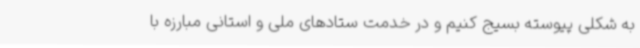
به شکلی پیوسته بسیج کنیم و در خدمت ستادهای ملی و استانی مبارزه با